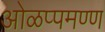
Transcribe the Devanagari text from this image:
ओळप्पमण्ण